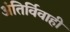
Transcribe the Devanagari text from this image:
अंतिर्विवाही